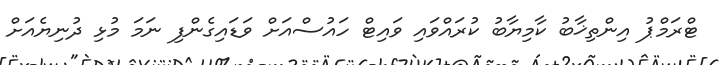
ޓްރަމްޕު އިންތިޚާބު ކާމިޔާބު ކުރައްވައި ވައިޓް ހައުސްއަށް ވަޑައިގެންފި ނަމަ މުޅި ދުނިޔެއަށް